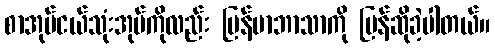
စာအုပ်ငယ်သုံးအုပ်ကိုလည်း မြန်မာဘာသာကို ပြန်ဆိုခဲ့ပါတယ်။